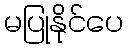
မပြုနိုင်ပေ